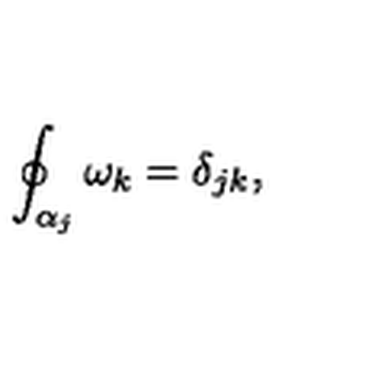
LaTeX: \oint _ { \alpha _ { j } } \omega _ { k } = \delta _ { j k } ,